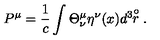
P ^ { \mu } = \frac { 1 } { c } \int \Theta _ { \nu } ^ { \mu } \eta ^ { \nu } ( x ) d ^ { 3 } \! \! \stackrel { \circ } { r } .